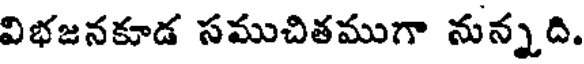
విభజనకూడ సముచితముగా నున్నది.